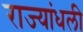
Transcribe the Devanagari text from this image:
राज्यांधली